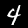
Digit: 4